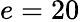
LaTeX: e=20